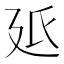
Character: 𭚓